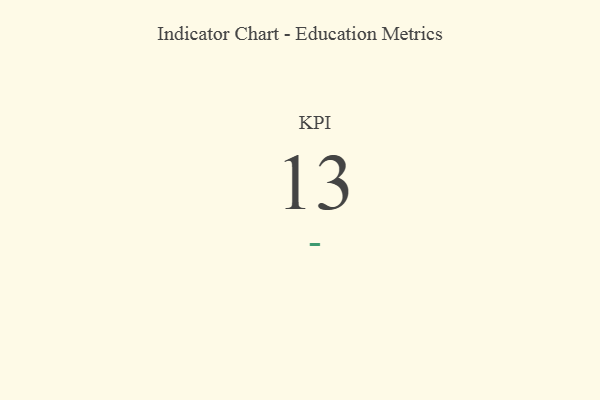
{"axis": {"x": "KPI", "y": "Value"}, "legend": [""], "data": [{"x": "KPI", "y": 13, "type": ""}]}